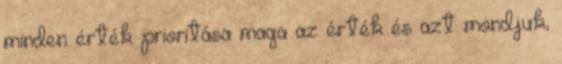
minden érték prioritása maga az érték és azt mondjuk,